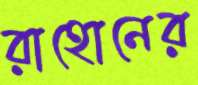
রাহোনের